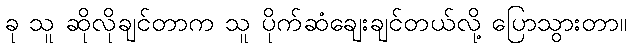
ခု သူ ဆိုလိုချင်တာက သူ ပိုက်ဆံချေးချင်တယ်လို့ ပြောသွားတာ။